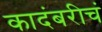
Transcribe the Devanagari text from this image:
कादंबरीचं